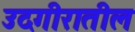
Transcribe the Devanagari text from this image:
उदगीरातील